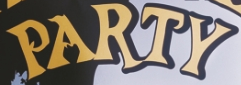
PARTY